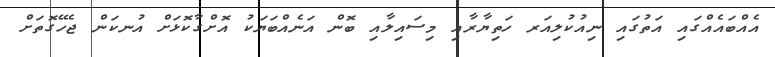
އެއްބައެއްގައި އަތުގައި ނިއުކުލިއަރ ހަތިޔާރާއި މިސައިލާއި ބޮން އަނެއްބަޔަކު އޮށްގާކޮޅަށް އުނކަން ޖެހޭގޮތަށް